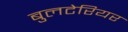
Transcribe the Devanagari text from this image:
बुलटेरियर